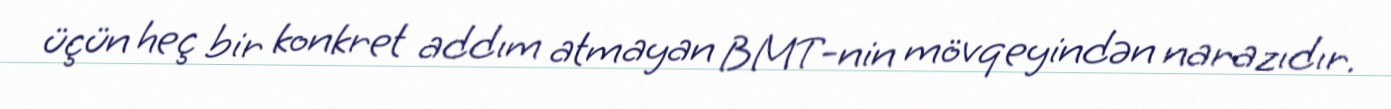
üçün heç bir konkret addım atmayan BMT-nin mövqeyindən narazıdır.